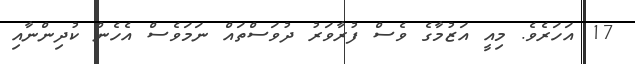
17 އަހަރެވެ. މިއީ އަޒުމާގެ ވެސް ފުރާވަރު ދުވަސްތައް ނަމަވެސް އެހެން ކުދިންނާއި